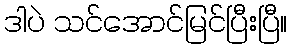
ဒါပဲ သင်အောင်မြင်ပြီးပြီ။